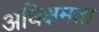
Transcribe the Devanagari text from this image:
अधिक्षमता